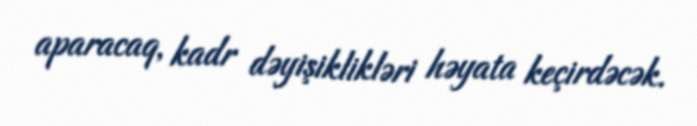
aparacaq, kadr dəyişiklikləri həyata keçirdəcək.